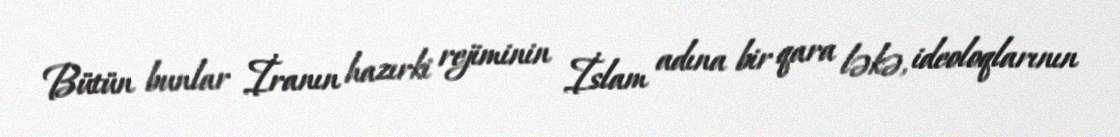
Bütün bunlar İranın hazırki rejiminin İslam adına bir qara ləkə, ideoloqlarının